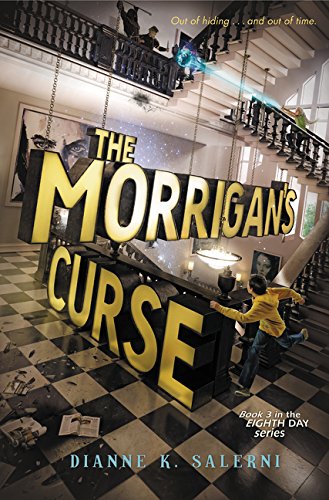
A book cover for The Morrigan's Curse (Eighth Day); Dianne K. Salerni; Children's Books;